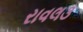
રાવલ૩